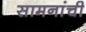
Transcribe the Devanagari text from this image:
सामनांची